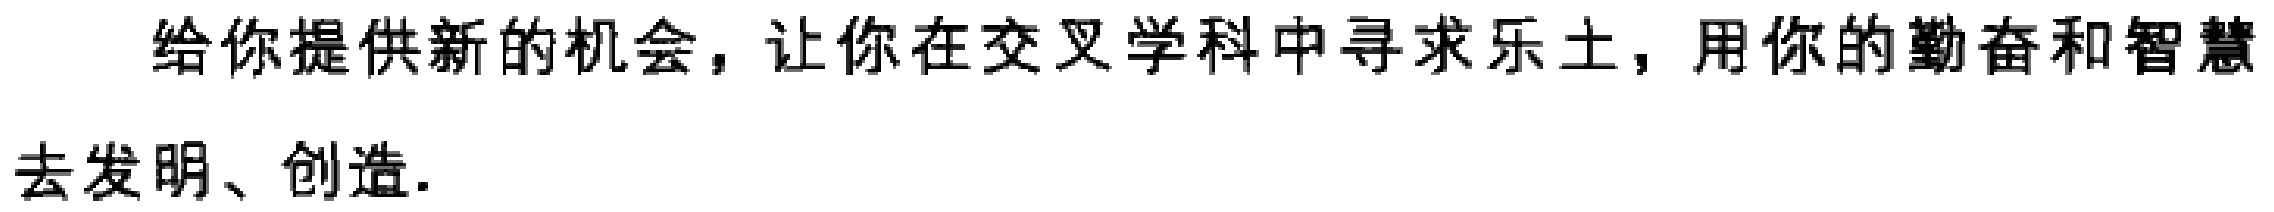
给你提供新的机会，让你在交叉学科中寻求乐土，用你的勤奋和智慧去发明、创造.